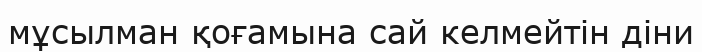
мұсылман қоғамына сай келмейтін діни